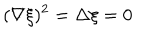
LaTeX: ( \nabla \xi ) ^ { 2 } = \Delta \xi = 0